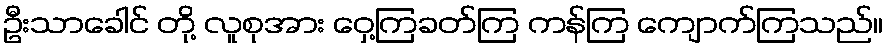
ဦးသာခေါင် တို့ လူစုအား ဝှေ့ကြခတ်ကြ ကန်ကြ ကျောက်ကြသည်။